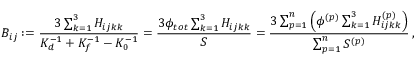
B _ { i j } : = \frac { 3 \sum _ { k = 1 } ^ { 3 } H _ { i j k k } } { K _ { d } ^ { { - 1 } } + K _ { f } ^ { - 1 } - K _ { 0 } ^ { - 1 } } = \frac { 3 \phi _ { t o t } \sum _ { k = 1 } ^ { 3 } H _ { i j k k } } { S } = \frac { 3 \sum _ { p = 1 } ^ { n } \left( \phi ^ { ( p ) } \sum _ { k = 1 } ^ { 3 } H _ { i j k k } ^ { ( p ) } \right) } { \sum _ { p = 1 } ^ { n } S ^ { ( p ) } } \, ,